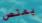
يمتص